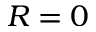
R = 0